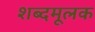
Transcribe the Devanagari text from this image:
शब्दमूलक